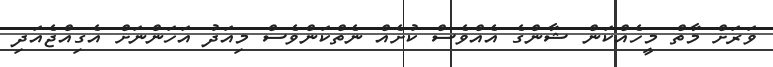
ވަރަށް މާތް މީހެއްކަން ޝާންގެ އެއްވެސް ކުށެއް ނެތްކަންވެސް މިއަދު އަހަންނަށް އެގިއްޖެއަދި